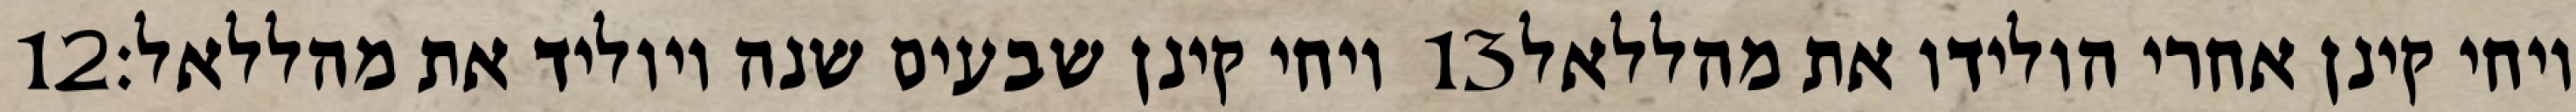
‎12‏ ויחי קינן שבעים שנה ויוליד את מהללאל׃ ‎13‏ ויחי קינן אחרי הולידו את מהללאל